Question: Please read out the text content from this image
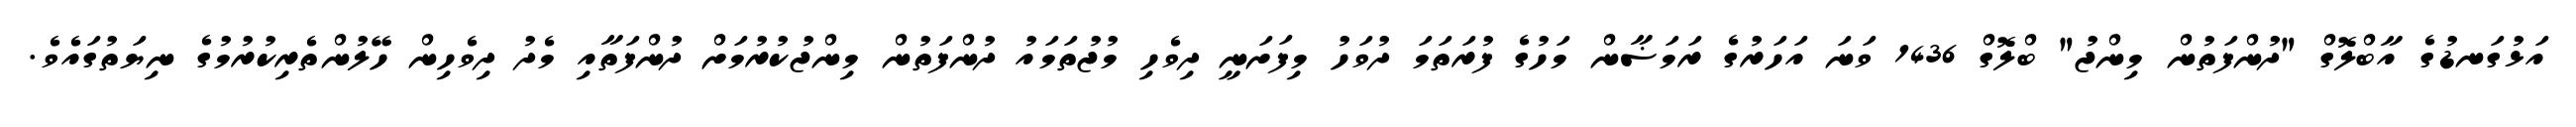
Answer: އަޅުގަނޑުގެ އާބްލޮގް "ދުންފަތުން މިންޖު" ބްލޮގް 1436 ވަނަ އަހަރުގެ ރަމަޟާން މަހުގެ ފުރަތަމަ ދުވަހު މިފަށަނީ ދިވެހި މުޖުތަމައު ދުންފަތުން މިންޖުކުރުމަށް ދުންފަތާއި މެދު ދިވެހިން ހޭލުންތެރިކުރުމުގެ ނިޔަތުގައެވެ.